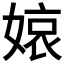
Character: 𡟓